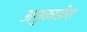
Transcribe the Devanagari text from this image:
अगुकाडोरा